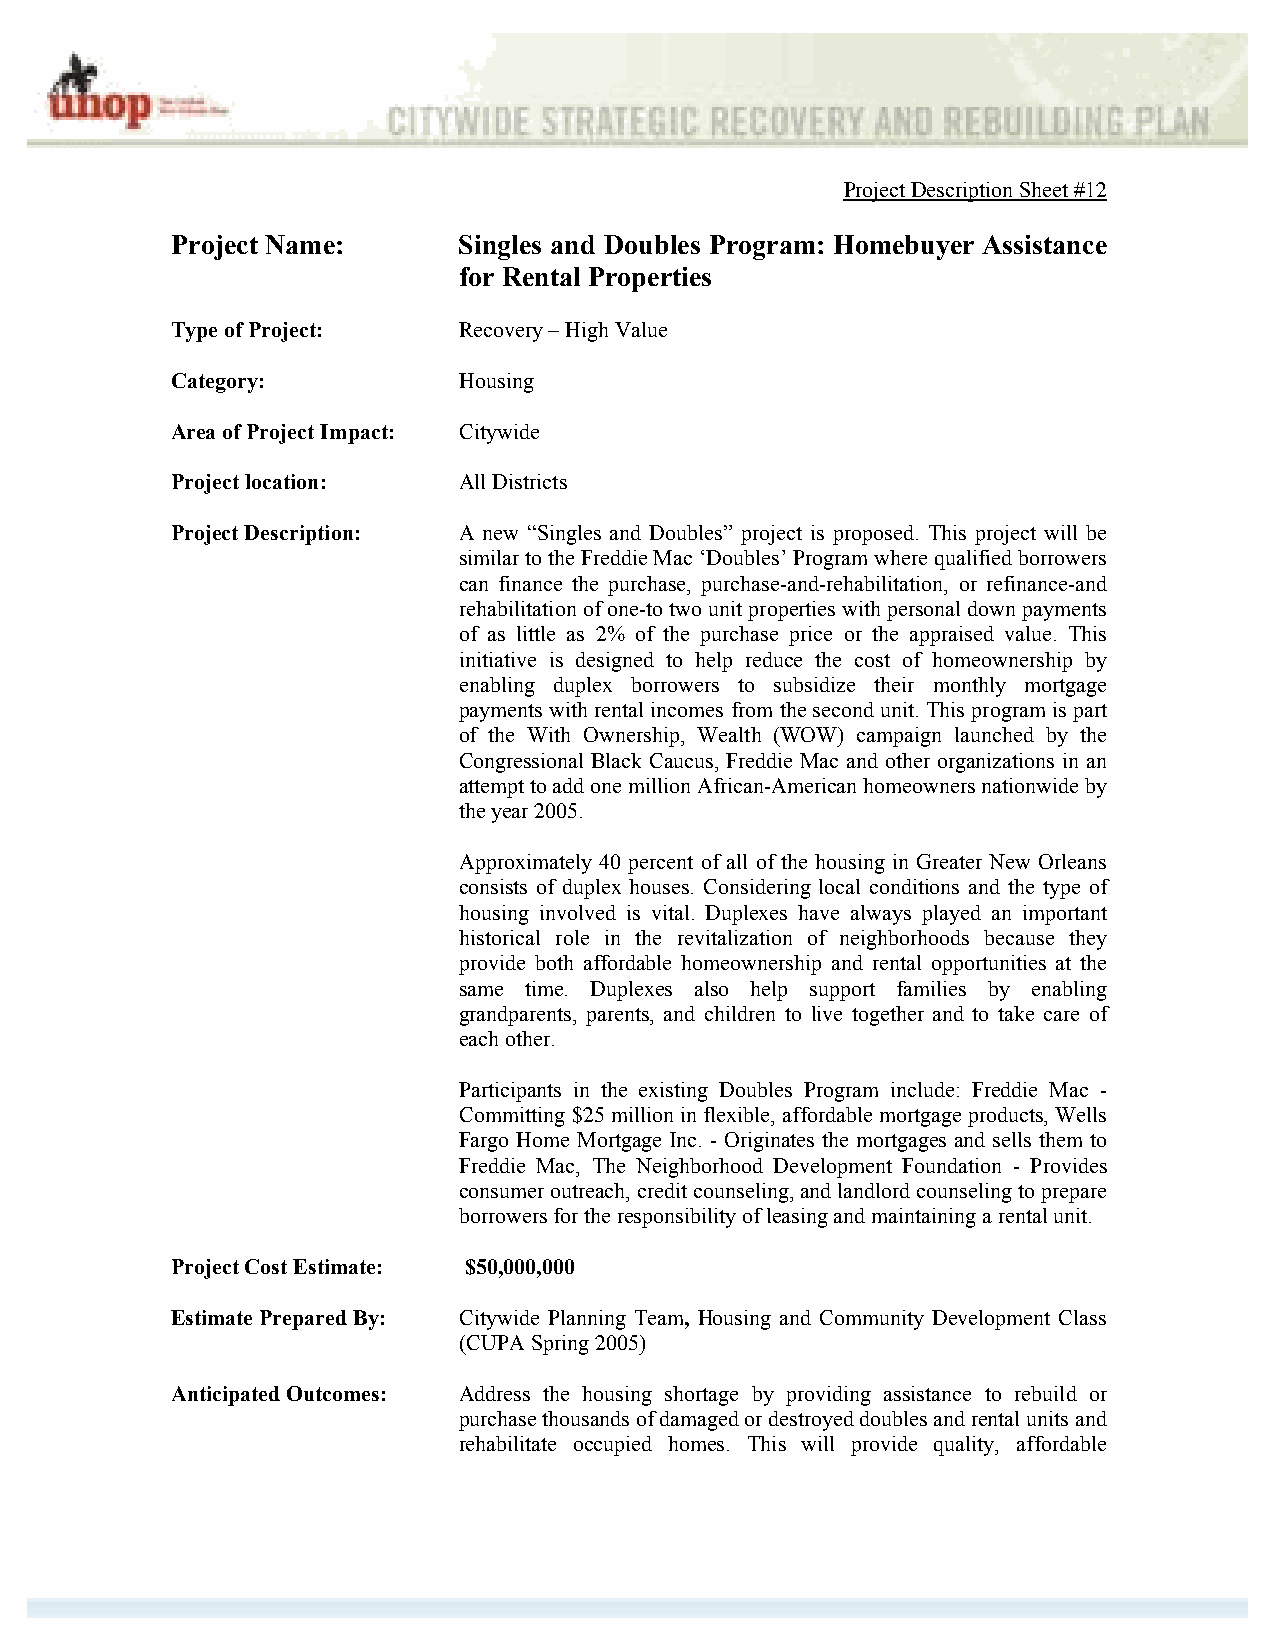
Project Description Sheet #12
 Project Name:      Singles and Doubles Program: Homebuyer Assistance
 for Rental Properties
 Type of Project:   Recovery – High Value
 Category:          Housing
 Area of Project Impact: Citywide
 Project location:  All Districts
 Project Description: A new “Singles and Doubles” project is proposed. This project will be
 similar to the Freddie Mac ‘Doubles’ Program where qualified borrowers
 can finance the purchase, purchase-and-rehabilitation, or refinance-and
 rehabilitation of one-to two unit properties with personal down payments
 of as little as 2% of the purchase price or the appraised value. This
 initiative is designed to help reduce the cost of homeownership by
 enabling duplex borrowers to subsidize their monthly mortgage
 payments with rental incomes from the second unit. This program is part
 of the With Ownership, Wealth (WOW) campaign launched by the
 Congressional Black Caucus, Freddie Mac and other organizations in an
 attempt to add one million African-American homeowners nationwide by
 the year 2005.
 Approximately 40 percent of all of the housing in Greater New Orleans
 consists of duplex houses. Considering local conditions and the type of
 housing involved is vital. Duplexes have always played an important
 historical role in the revitalization of neighborhoods because they
 provide both affordable homeownership and rental opportunities at the
 same time. Duplexes also help support families by enabling
 grandparents, parents, and children to live together and to take care of
 each other.
 Participants in the existing Doubles Program include: Freddie Mac -
 Committing $25 million in flexible, affordable mortgage products, Wells
 Fargo Home Mortgage Inc. - Originates the mortgages and sells them to
 Freddie Mac, The Neighborhood Development Foundation - Provides
 consumer outreach, credit counseling, and landlord counseling to prepare
 borrowers for the responsibility of leasing and maintaining a rental unit.
 Project Cost Estimate: $50,000,000
 Estimate Prepared By: Citywide Planning Team, Housing and Community Development Class
 (CUPA Spring 2005)
 Anticipated Outcomes: Address the housing shortage by providing assistance to rebuild or
 purchase thousands of damaged or destroyed doubles and rental units and
 rehabilitate occupied homes. This will provide quality, affordable